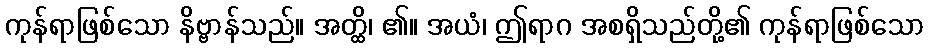
ကုန်ရာဖြစ်သော နိဗ္ဗာန်သည်။ အတ္ထိ၊ ၏။ အယံ၊ ဤရာဂ အစရှိသည်တို့၏ ကုန်ရာဖြစ်သော